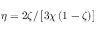
\eta = 2 \zeta / \left[ 3 \chi \left( 1 - \zeta \right) \right]